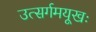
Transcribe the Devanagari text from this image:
उत्सर्गमयूखः